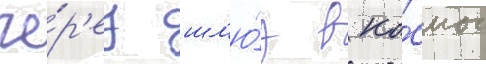
че́р'ез шл'ю́з в ко́смос